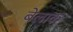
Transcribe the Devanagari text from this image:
बेलाक